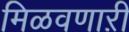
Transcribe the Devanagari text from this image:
मिळवणाऱी